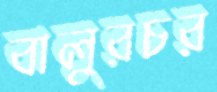
বালুরচর